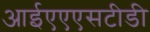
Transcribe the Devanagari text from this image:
आईएएएसटीडी